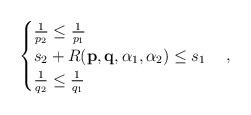
LaTeX: \begin{align*}\begin{cases}\frac{1}{p_{2}}\leq \frac{1}{p_{1}} \\s_{2}+R(\mathbf{p},\mathbf{q},\alpha _{1},\alpha _{2})\leq s_{1} \\\frac{1}{q_{2}}\leq \frac{1}{q_{1}}\end{cases}, \end{align*}